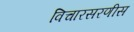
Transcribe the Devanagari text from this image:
विचारसरणीस